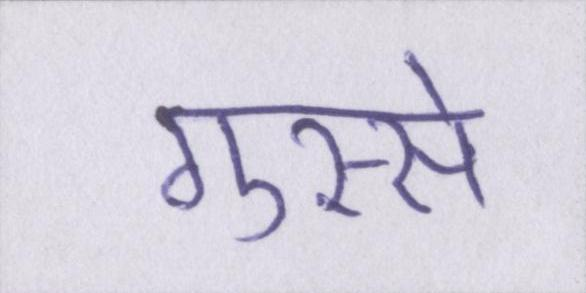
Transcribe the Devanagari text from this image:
गुस्से